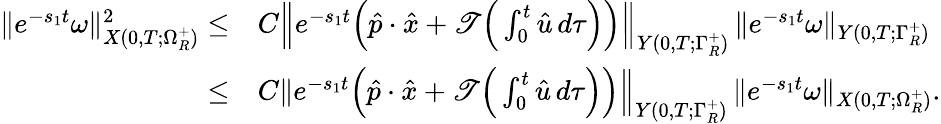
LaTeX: \begin{array}{rl}{\| e^{-s_{1}t}\omega\| _{{X(0,T;\Omega_{R}^{+})}}^{2}\leq}&{C\Big\| e^{-s_{1}t}\Big(\hat{p}\cdot\hat{x}+\mathscr{T}\Big(\int_{0}^{t}\hat{u}\, d\tau\Big)\Big)\Big\| _{Y(0,T;\Gamma_{R}^{+})}\, \| e^{-s_{1}t}\omega\| _{Y(0,T;\Gamma_{R}^{+})}}\\ {\leq}&{C\| e^{-s_{1}t}\Big(\hat{p}\cdot\hat{x}+\mathscr{T}\Big(\int_{0}^{t}\hat{u}\, d\tau\Big)\Big)\Big\| _{Y(0,T;\Gamma_{R}^{+})}\, \| e^{-s_{1}t}\omega\| _{X(0,T;\Omega_{R}^{+})}.}\end{array}